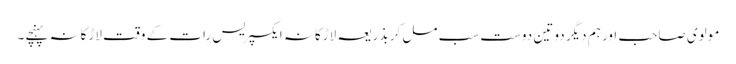
مولوی صاحب اور ہم دیگر دو تین دوست سب مل کر بذریعہ لاڑکانہ ایکسپریس رات کے وقت لاڑکانہ پہنچے۔